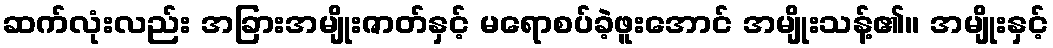
ဆက်လုံးလည်း အခြားအမျိုးဇာတ်နှင့် မရောစပ်ခဲ့ဖူးအောင် အမျိုးသန့်၏။ အမျိုးနှင့်